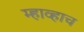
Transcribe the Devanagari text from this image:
म्हाव्हाच